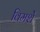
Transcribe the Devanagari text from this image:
विमर्शे